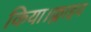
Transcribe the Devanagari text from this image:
किया।क्लाइव